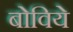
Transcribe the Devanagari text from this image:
बोविये